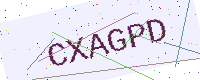
Text: CXAGPD